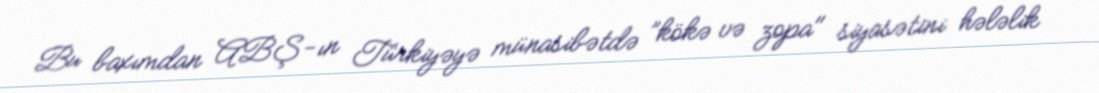
Bu baxımdan ABŞ-ın Türkiyəyə münasibətdə ”kökə və zopa" siyasətini hələlik